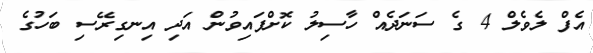
އެފް ލެވެލް 4 ގެ ސަނަދެއް ހާސިލު ކޮށްފައިވުން އަދި އިނގިރޭސި ބަހުގެ